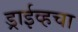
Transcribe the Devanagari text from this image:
ड्राईव्हचा